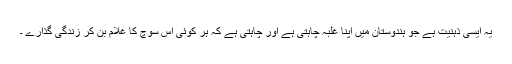
یہ ایسی ذہنیت ہے جو ہندوستان میں اپنا غلبہ چاہتی ہے اور چاہتی ہے کہ ہر کوئی اس سوچ کا غلام بن کر زندگی گذارے ۔